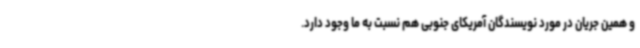
و همین جریان در مورد نویسندگان آمریکای جنوبی هم نسبت به ما وجود دارد.